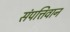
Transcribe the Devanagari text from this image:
संपत्तिवान